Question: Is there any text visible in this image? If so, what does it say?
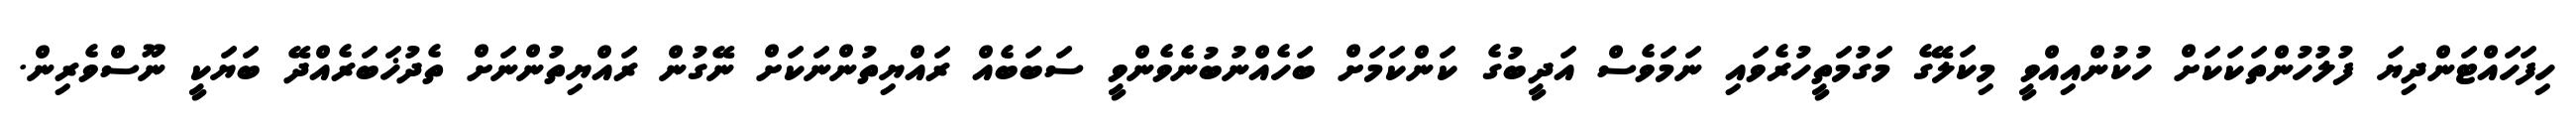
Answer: ހިފަހައްޓަންދިޔަ ފުލުހުންތަކަކަށް ހުކުންއިއްވީ މިކަލޭގެ މަގުމަތީހުރެވައި ނަމަވެސް އަދީބުގެ ކަންކަމަށް ބަހެއްނުބުނެވެންވީ ސަބަބެއް ރައްޔިތުންނަކަށް ނޭގުން ރައްޔިތުންނަށް ތެދުޚަބަރެއްދޭ ބަޔަކީ ނޫސްވެރިން.